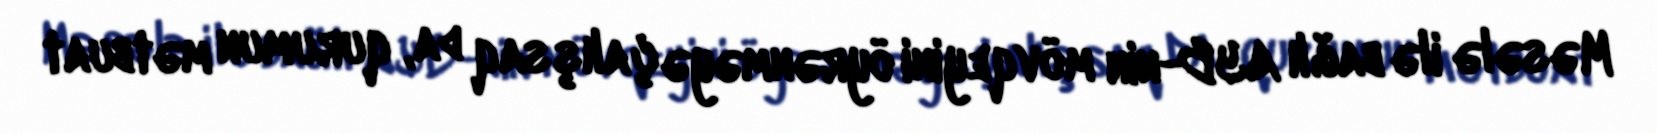
Məsələ ilə bağlı AYB-nin mövqeyini öyrənməyə çalışsaq da, qurumun mətbuat